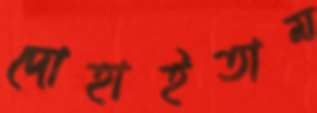
দোহাইতাম